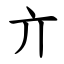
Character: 亣